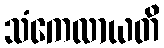
သံကေလာယတိ